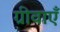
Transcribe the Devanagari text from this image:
ग्रीवाएँ